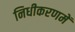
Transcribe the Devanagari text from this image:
निधीकरणमें